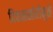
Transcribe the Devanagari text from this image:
दिवाळखोरीमुळे